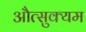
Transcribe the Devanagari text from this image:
औत्सुक्यम